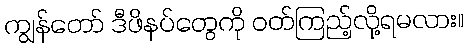
ကျွန်တော် ဒီဖိနပ်တွေကို ဝတ်ကြည့်လို့ရမလား။